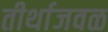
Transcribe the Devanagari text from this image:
तीर्थाजवळ